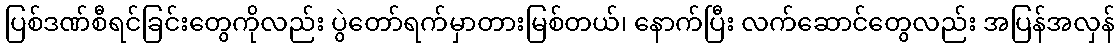
ပြစ်ဒဏ်စီရင်ခြင်းတွေကိုလည်း ပွဲတော်ရက်မှာတားမြစ်တယ်၊ နောက်ပြီး လက်ဆောင်တွေလည်း အပြန်အလှန်